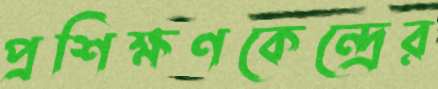
প্রশিক্ষণকেন্দ্রের